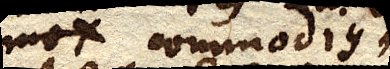
mox commodius